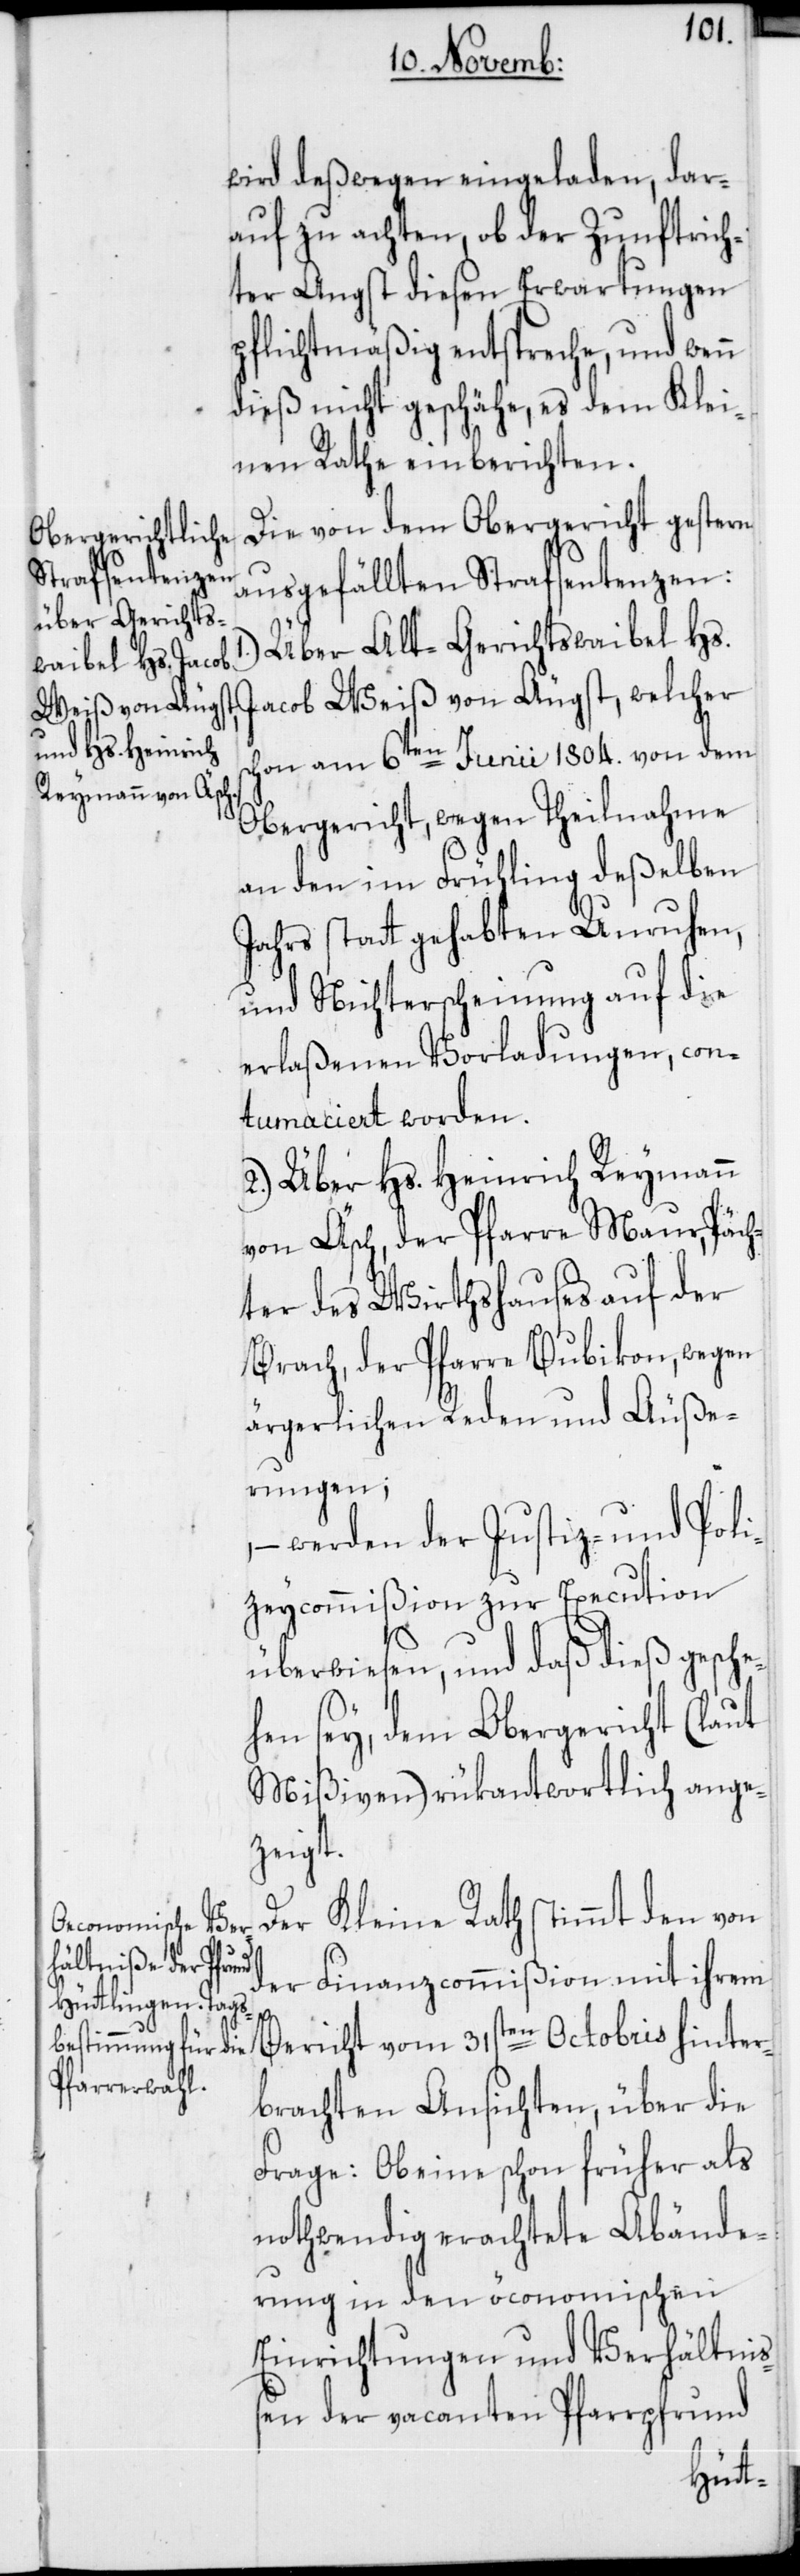
wird deßwegen eingeladen dar¬
auf zu achten, ob der Zunftrich¬
ter Angst diesen Erwartungen
pflichtmäßig entspreche, und wenn
dieß nicht geschähe, es dem Klei¬
nen Rathe einberichten.
Die von dem Obergericht gestern
ausgefällten Strafsentenzen:
Über Alt-Gerichtswaibel Hs.
Jacob Weiß von Äugst, welcher
schon am 6ten Junii 1804. von dem
Obergericht, wegen Theilnahme
an den im Frühling deßelben
Jahrs statt gehabten Unruhen,
und Nichterscheinung auf die
erlaßenen Vorladungen, con¬
tumaciert worden.
2.) Über Hs. Heinrich Reymann
von Äsch, der Pfarre Maur, Päch¬
ter des Wirthshauses auf der
Brach, der Pfarre Bubikon, wegen
ärgerlichen Reden und Äuße¬
rungen;
– werden der Justiz- und Poli¬
zeycommißion zur Execution
überwiesen, und daß dieß gesch¬
ehen sey, dem Obergericht (laut
Mißiven) rükantwortlich ange¬
zeigt.
Der Kleine Rath stimmt den von
der Finanzcommißion mit ihrem
Bericht vom 31sten Octobris hinter¬
brachten Ansichten, über die
Frage: Ob eine schon früher als
nothwendig erachtete Abände¬
rung in den öconomischen
Einrichtungen und Verhältniß¬
en der vacanten Pfarrpfrund